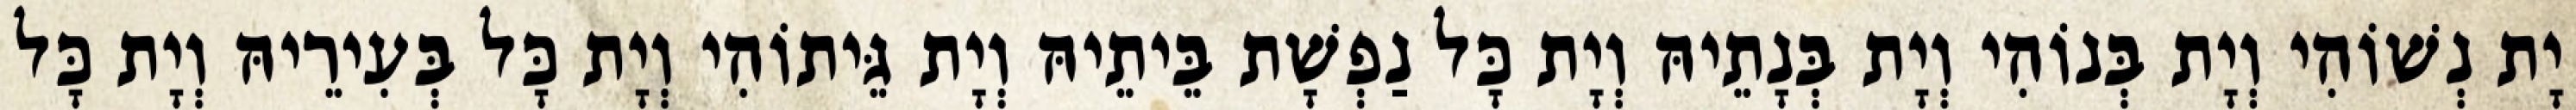
יָת נְשׁוֹהִי וְיָת בְּנוֹהִי וְיָת בְּנָתֵיהּ וְיָת כָּל נַפְשָׁת בֵּיתֵיהּ וְיָת גֵּיתוֹהִי וְיָת כָּל בְּעִירֵיהּ וְיָת כָּל